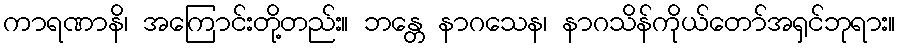
ကာရဏာနိ၊ အကြောင်းတို့တည်း။ ဘန္တေ နာဂသေန၊ နာဂသိန်ကိုယ်တော်အရှင်ဘုရား။